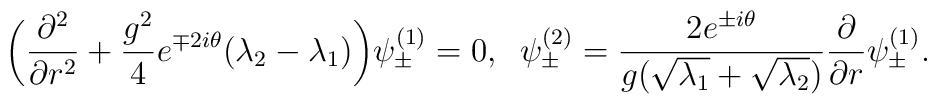
\bigg(\frac{\partial^2}{\partial r^2}+\frac{g^2}{4}e^{\mp2i\theta}(\lambda_2-\lambda_1)\bigg)\psi^{(1)}_{\pm} =0, \;\;\psi^{(2)}_{\pm}=\frac{2e^{\pm i\theta}}{g(\sqrt{\lambda_1}+\sqrt{\lambda_2})}\frac{\partial}{\partial r}\psi^{(1)}_{\pm}.